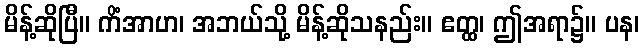
မိန့်ဆိုပြီ။ ကိံအာဟ၊ အဘယ်သို့ မိန့်ဆိုသနည်း။ ဧတ္ထ၊ ဤအရာ၌။ ပန၊